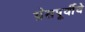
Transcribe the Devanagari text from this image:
ग्रेसपूर्वीचे